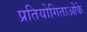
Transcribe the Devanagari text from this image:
प्रतियोगिताओंके